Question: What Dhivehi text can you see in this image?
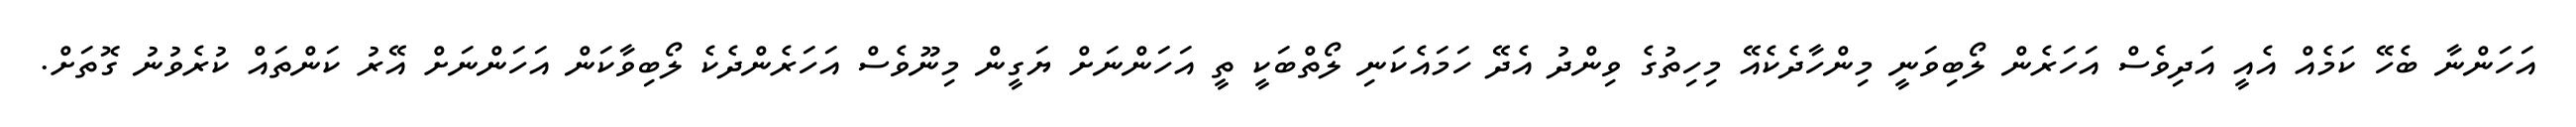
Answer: އަހަންނާ ބެހޭ ކަމެއް އެއީ އަދިވެސް އަހަރެން ލޯބިވަނީ މިންހާދެކެއޭ މިހިތުގެ ވިންދު އެދޭ ހަމައެކަނި ލޯތްބަކީ ތީ އަހަންނަށް ޔަގީން މިނޫވެސް އަހަރެންދެކެ ލޯބިވާކަން އަހަންނަށް އޭރު ކަންތައް ކުރެވުނު ގޮތަށް.